Trukikaitis_Postimees, lk 77
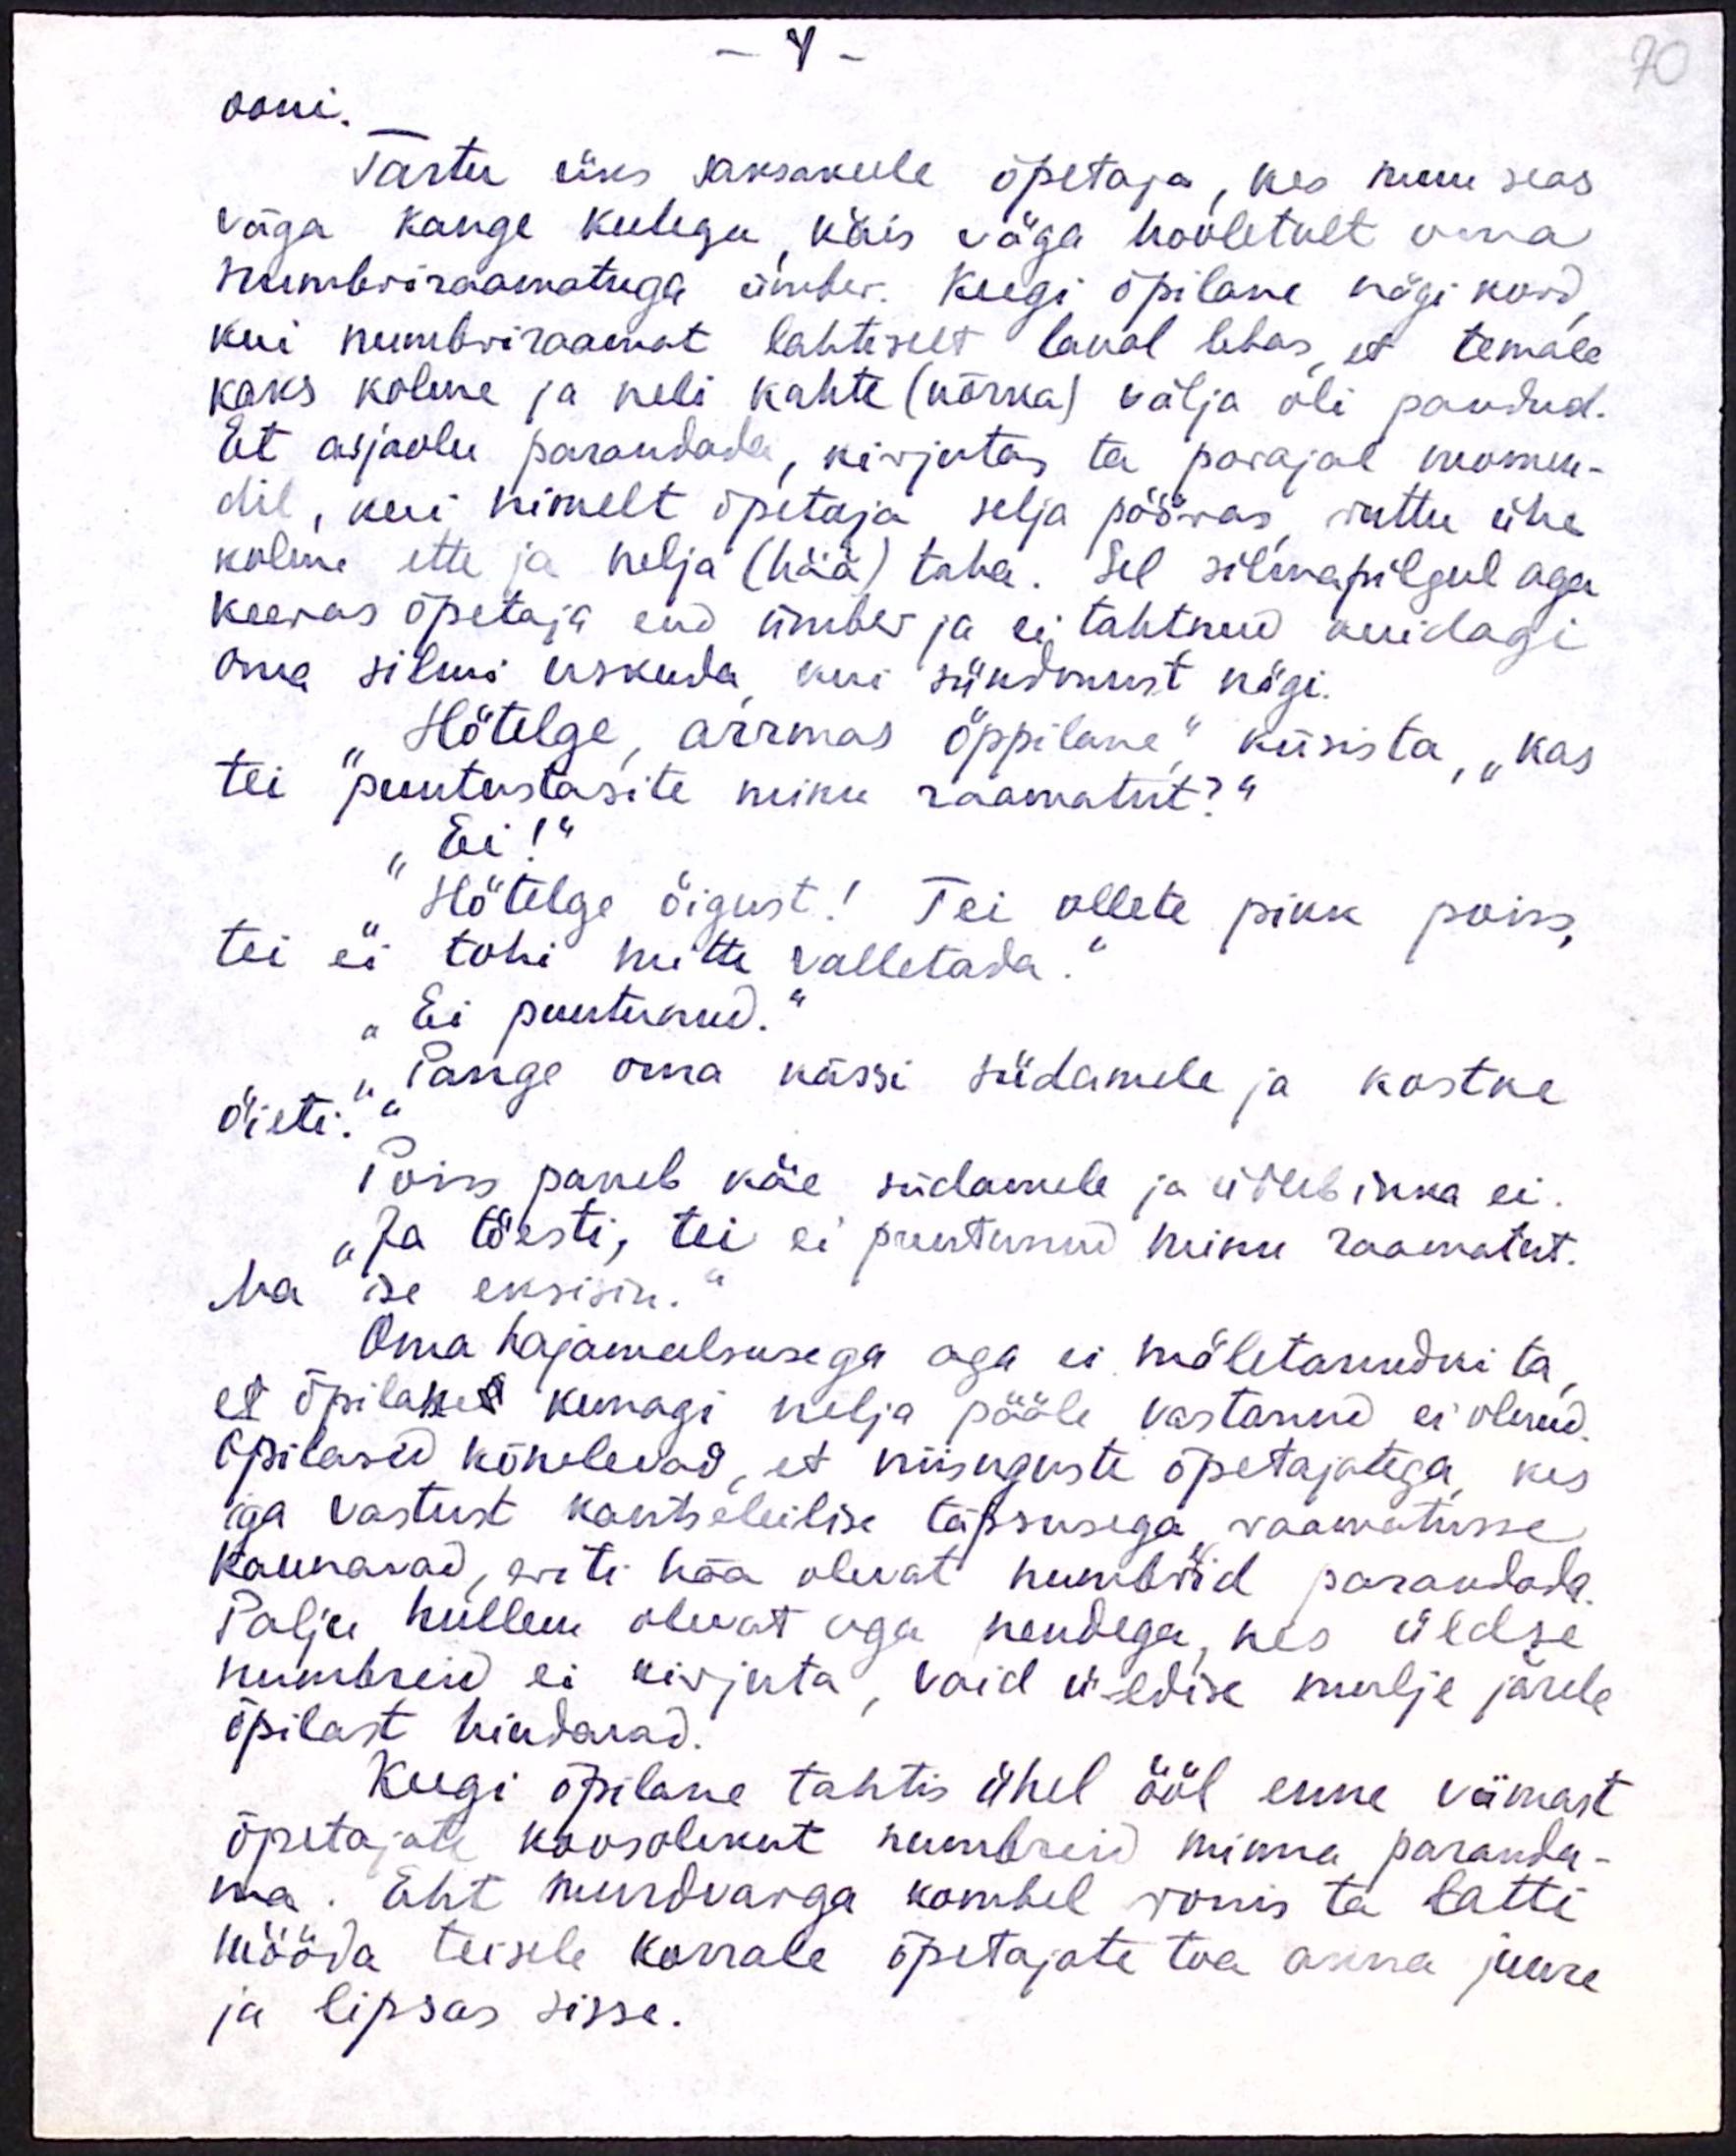
90

– 4 –
ooni.
Tartu üks saksakeele õpetaja, kes muu seas
väga kange keelega, käis väga hooletult oma
numbriraamatuga ümber. Keegi õpilane nägi kord,
kui numbriraamat lahtiselt laual lebas, et temale
kaks kolme ja neli kahte (nõrka) välja oli pandud.
Et asjaolu parandada, kirjutas ta parajal momen-
dil, kui nimelt õpetaja selja pööras ruttu ühe
kolme ette ja nelja (hää) taha. Sel silmapilgul aga
keeras õpetaja end ümber ja ei tahtnud kuidagi
oma silmi uskuda kui sündmust nägi.
"Hõtelge, arrmas õppilane" küsis ta, "kas
tei puutustasite minu raamatut?"
„Ei!"
Hõtelge õigust! Tei ollete pikk poiss,
tei ei tohi mitte valletada.
„Ei puutunud.“
"Pange oma kässi südamele ja kostke
õieti."
Poiss paneb käe südamele ja ütleb ikka ei.
"Ja tõesti, tei ei puutunud minu raamatut.
Ma ise eksisin."
Oma hajameelsusega aga ei mäletanudki ta,
et õpilane kunagi nelja pääle vastanud ei olnud.
Õpilased kõnelevad, et niisuguste õpetajatega, kes
iga vastust kantseleilise täpsusega raamatusse
kannavad, eriti hää olevat numbrid parandada.
Palju hullem olevat aga nendega, kes üldse
numbreid ei kirjuta, vaid üldise mulje järele
õpilast hindavad.
Keegi õpilane tahtis ühel ööl enne viimast
õpetajate koosolekut numbreid minna paranda-
ma. Eht murdvarga kombel ronis ta latti
mööda teisele korrale õpetajate toa akna juure
ja lipsas sisse.